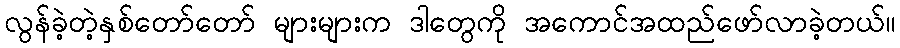
လွန်ခဲ့တဲ့နှစ်တော်တော် များများက ဒါတွေကို အကောင်အထည်ဖော်လာခဲ့တယ်။